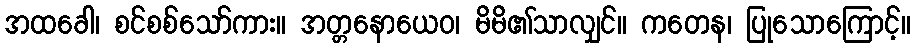
အထခေါ၊ စင်စစ်သော်ကား။ အတ္တနောယေဝ၊ မိမိ၏သာလျှင်။ ကတေန၊ ပြုသောကြောင့်။